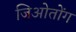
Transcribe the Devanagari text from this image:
जिओतोंग